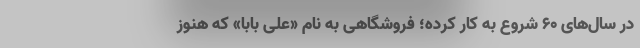
در سال‌های ۶۰ شروع به‌ کار کرده؛ فروشگاهی به نام «علی بابا» که هنوز